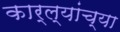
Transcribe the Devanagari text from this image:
कार्ल्यांच्या